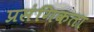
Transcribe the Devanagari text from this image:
प्रसंगिकता